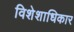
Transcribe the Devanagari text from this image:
विशेशाधिकार